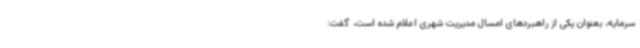
سرمایه، بعنوان یکی از راهبردهای امسال مدیریت شهری اعلام شده است، گفت: